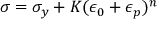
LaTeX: \sigma = \sigma _ { y } + K ( \epsilon _ { 0 } + \epsilon _ { p } ) ^ { n } \,